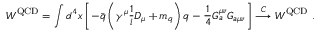
W ^ { \mathrm { Q C D } } = \int d ^ { 4 } x \left[ - \bar { q } \left( \gamma ^ { \mu } \frac { 1 } { i } D _ { \mu } + m _ { q } \right) q - \frac { 1 } { 4 } G _ { a } ^ { \mu \nu } G _ { a \mu \nu } \right] \stackrel { C } { \longrightarrow } W ^ { \mathrm { Q C D } } ~ .